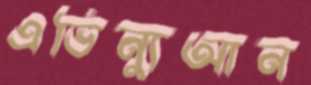
এভিন্যুআন